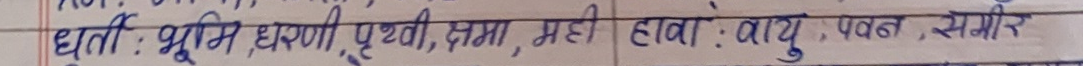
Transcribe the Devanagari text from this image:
धरा : भूमि, धरणी, पृथ्वी, क्षमा, मही हवा : वायु, पवन, समीर